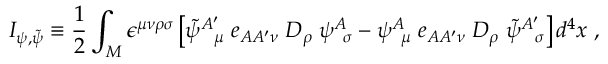
I _ { \psi , { \widetilde \psi } } \equiv { \frac { 1 } { 2 } } \int _ { M } \epsilon ^ { \mu \nu \rho \sigma } \left[ { \widetilde \psi } _ { \; \; \; \mu } ^ { A ^ { \prime } } \; e _ { A A ^ { \prime } \nu } \; D _ { \rho } \; \psi _ { \; \; \sigma } ^ { A } - \psi _ { \; \; \mu } ^ { A } \; e _ { A A ^ { \prime } \nu } \; D _ { \rho } \; { \widetilde \psi } _ { \; \; \; \sigma } ^ { A ^ { \prime } } \right] d ^ { 4 } x \; ,